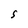
Character: s